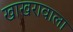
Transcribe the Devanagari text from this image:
खाखरावाला